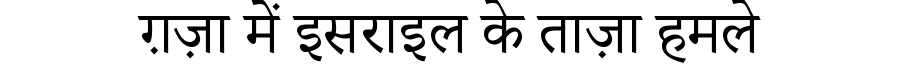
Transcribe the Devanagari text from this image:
ग़ज़ा में इसराइल के ताज़ा हमले